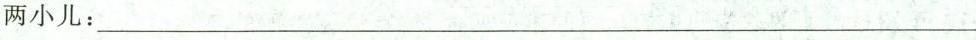
两小儿：___